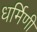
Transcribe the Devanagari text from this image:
धर्मिणी